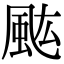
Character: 𩖢